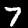
Digit: 7